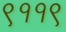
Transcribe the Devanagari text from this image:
९११९